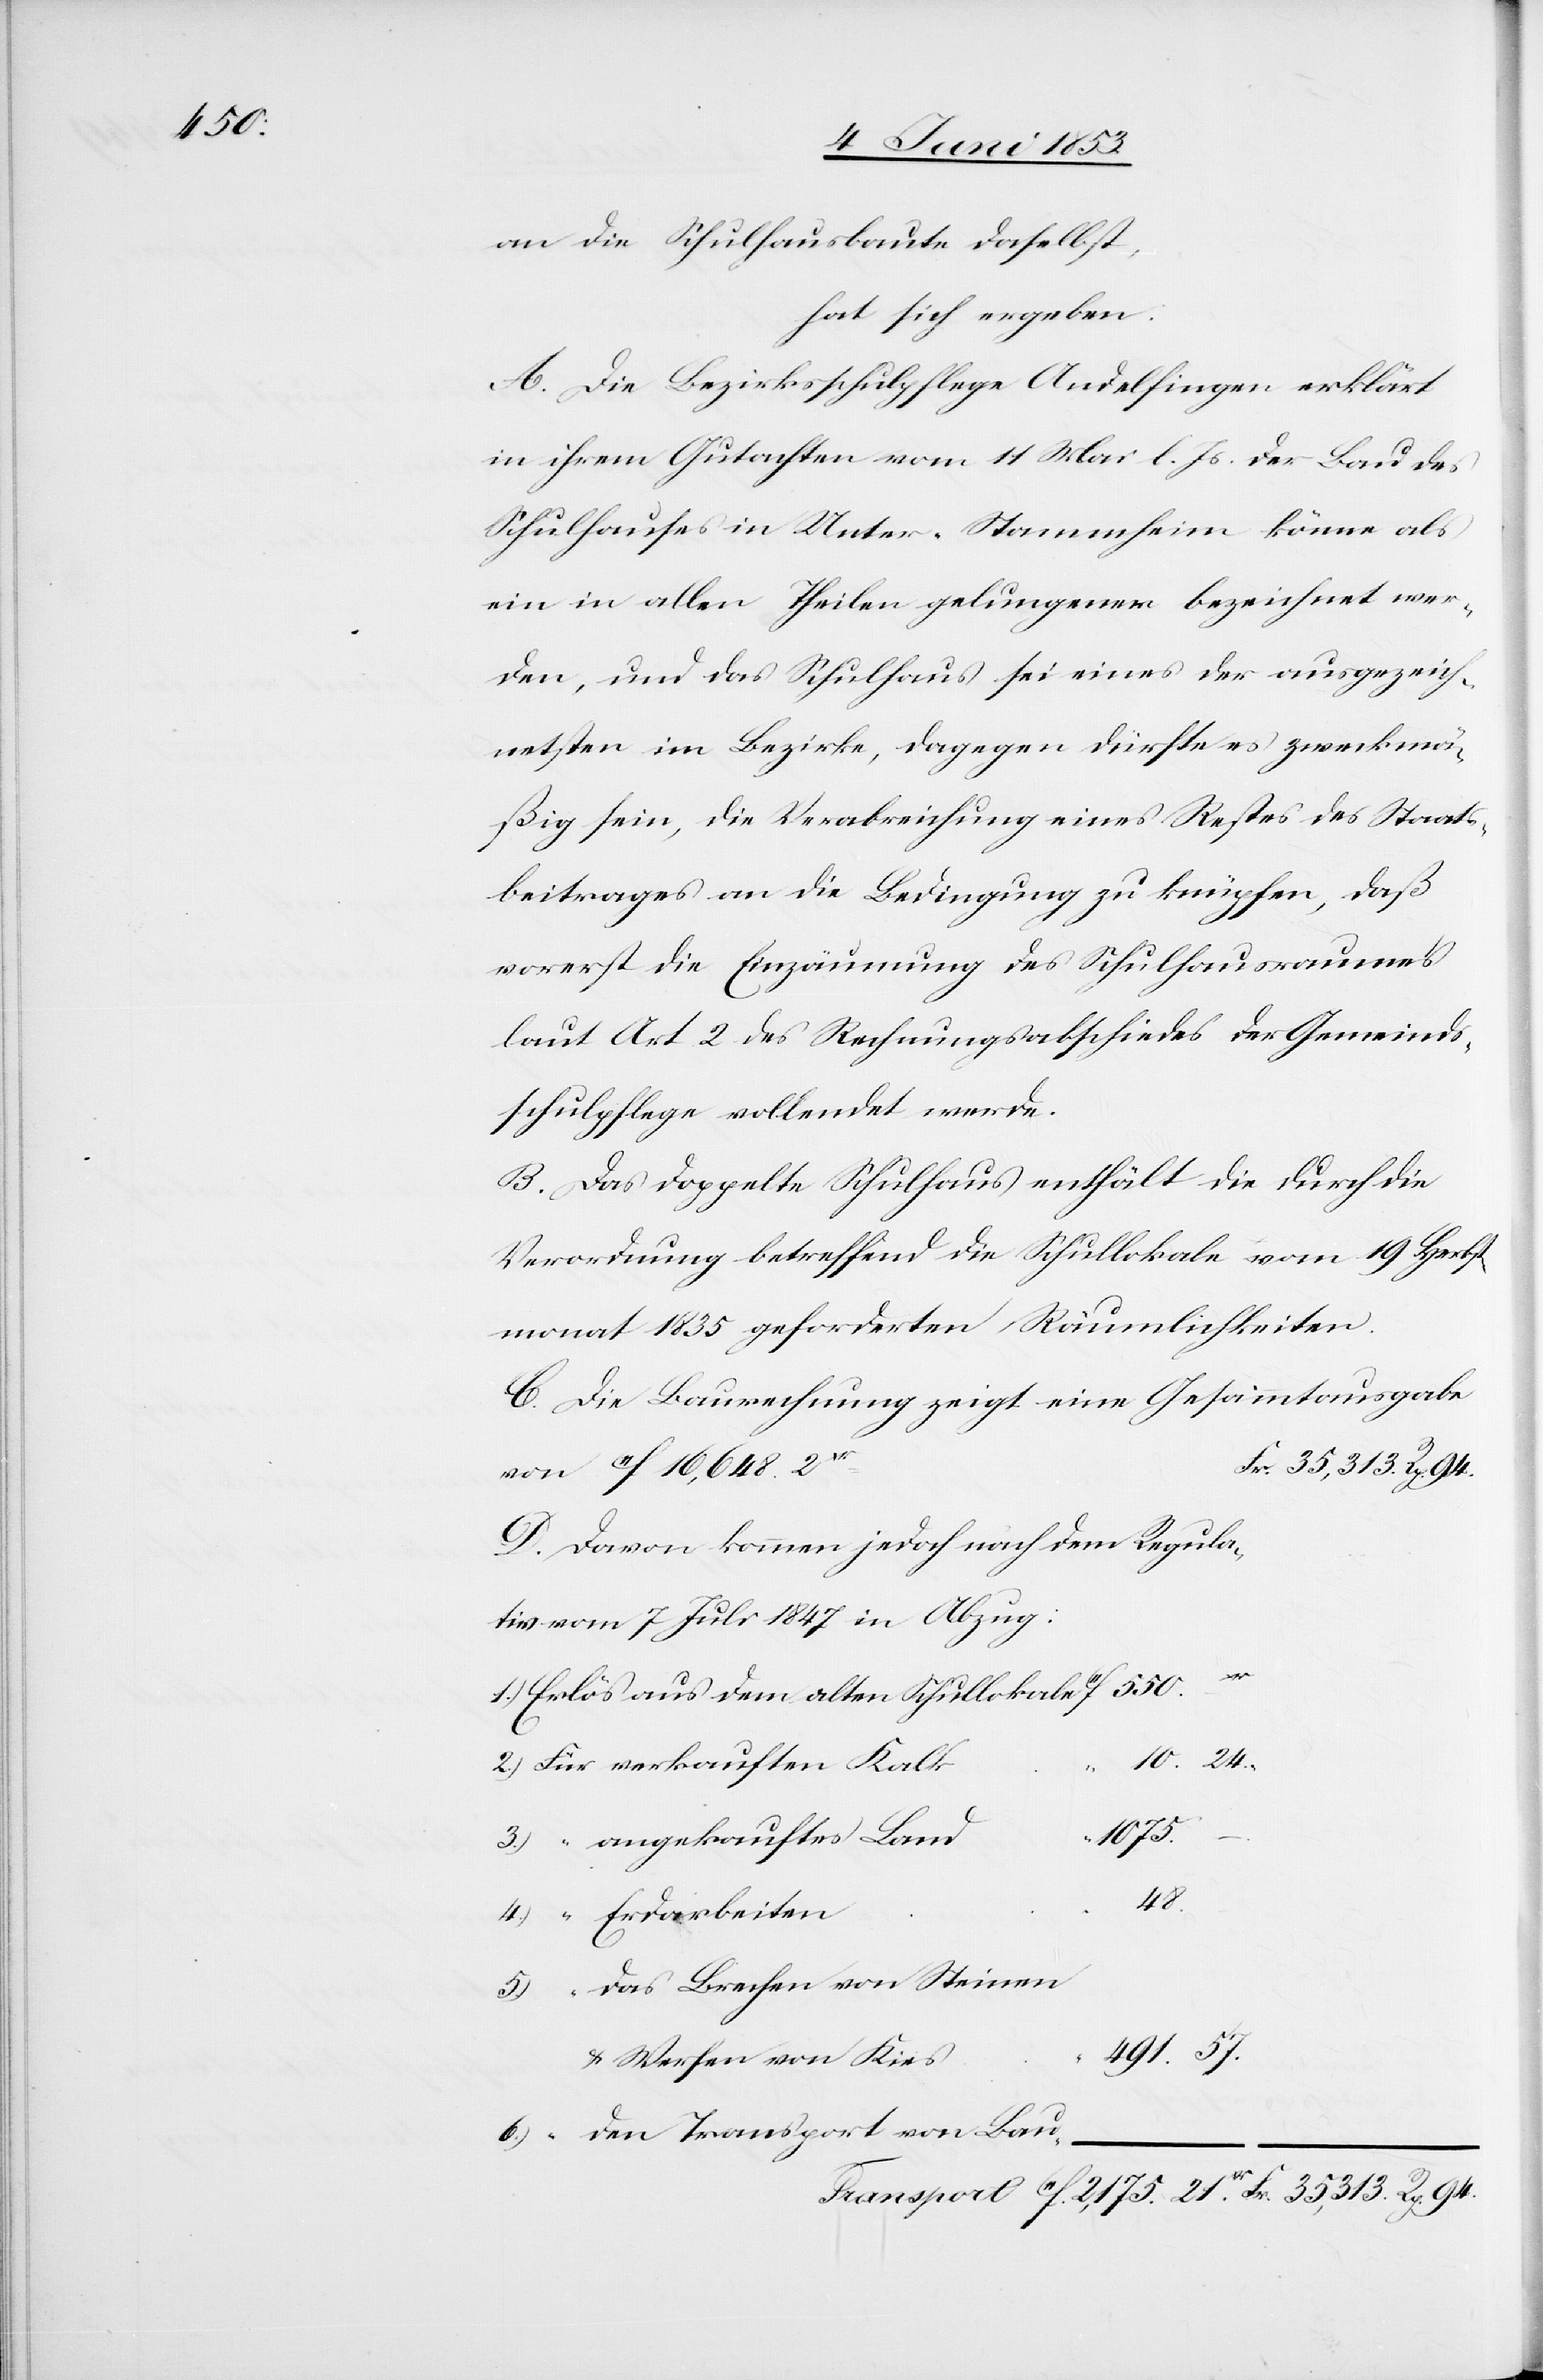
550.

an die Schulhausbaute daselbst,
hat sich ergeben:
A. Die Bezirksschulpflege Andelfingen erklärt
in ihrem Gutachten vom 14 Mai l. Js. der Bau des
Schulhauses in Unter-Stammheim könne als
ein in allen Theilen gelungenes bezeichnet wer¬
den, und das Schulhaus sei eines der ausgezeich¬
netsten im Bezirke, dagegen dürfte es zweckmä¬
ßig sein, die Verabreichung eines Restes des Staats¬
beitrages an die Bedingung zu knüpfen, daß
vorerst die Einzäumung des Schulhausraumes
laut Art. 2 des Rechnungsabschiedes der Gemeinds¬
schulpflege vollendet wurde.
B. Das doppelte Schulhaus enthält die durch die
Verordnung betreffend die Schullokale vom 19 Herbst¬
monat 1835 geforderten Räumlichkeiten.
C. Die Baurechnung zeigt eine Gesammtausgabe
von f. 16,648. 2
Fr. 35,313. Rp. 94.
D. Davon kommen jedoch nach dem Regula¬
7 Juli 1847 in Abzug:
1.) Erlös aus dem alten Schullokale f. 	f.
10. 24.
2.) Für verkauften Kal¬
s	“
21
2,175.
48.
5.) “		das Brechen von Steinen
491. 57.
u. Werfen von Kie¬
6.) “ den Transport von Bau-